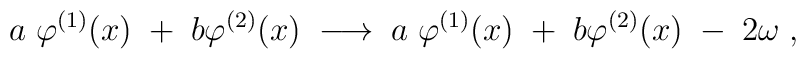
a \; \varphi^{(1)}(x) \; + \; b \varphi^{(2)}(x) \; \longrightarrow \;a \; \varphi^{(1)}(x) \; + \; b \varphi^{(2)}(x) \; - \; 2 \omega \; ,